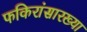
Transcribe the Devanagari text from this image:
फकिरांसारख्या